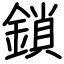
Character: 鎖